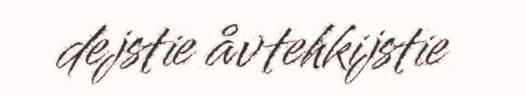
dejstie åvtehkijstie